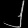
Digit: ၂